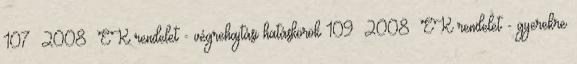
107 2008 EK rendelet - végrehajtási hatáskörök 109 2008 EK rendelet - gyerekre